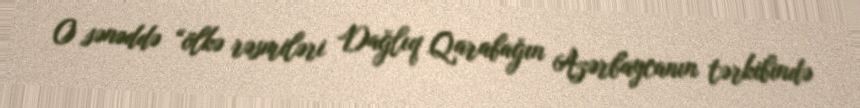
O sənəddə “ölkə rəsmiləri Dağlıq Qarabağın Azərbaycanın tərkibində